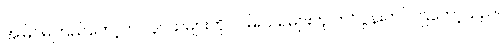
အမြင်မကြည်တော့ဘဲ လူငယ်များကို လမ်းသရဲများဟု ကင်ပွန်းတပ်ကြတော့သည်။